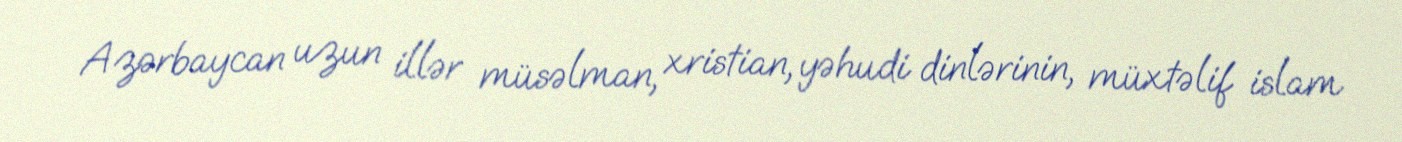
Azərbaycan uzun illər müsəlman, xristian, yəhudi dinlərinin, müxtəlif islam